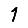
Digit: 1